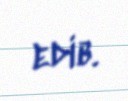
edib.